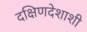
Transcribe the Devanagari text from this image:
दक्षिणदेशाशी